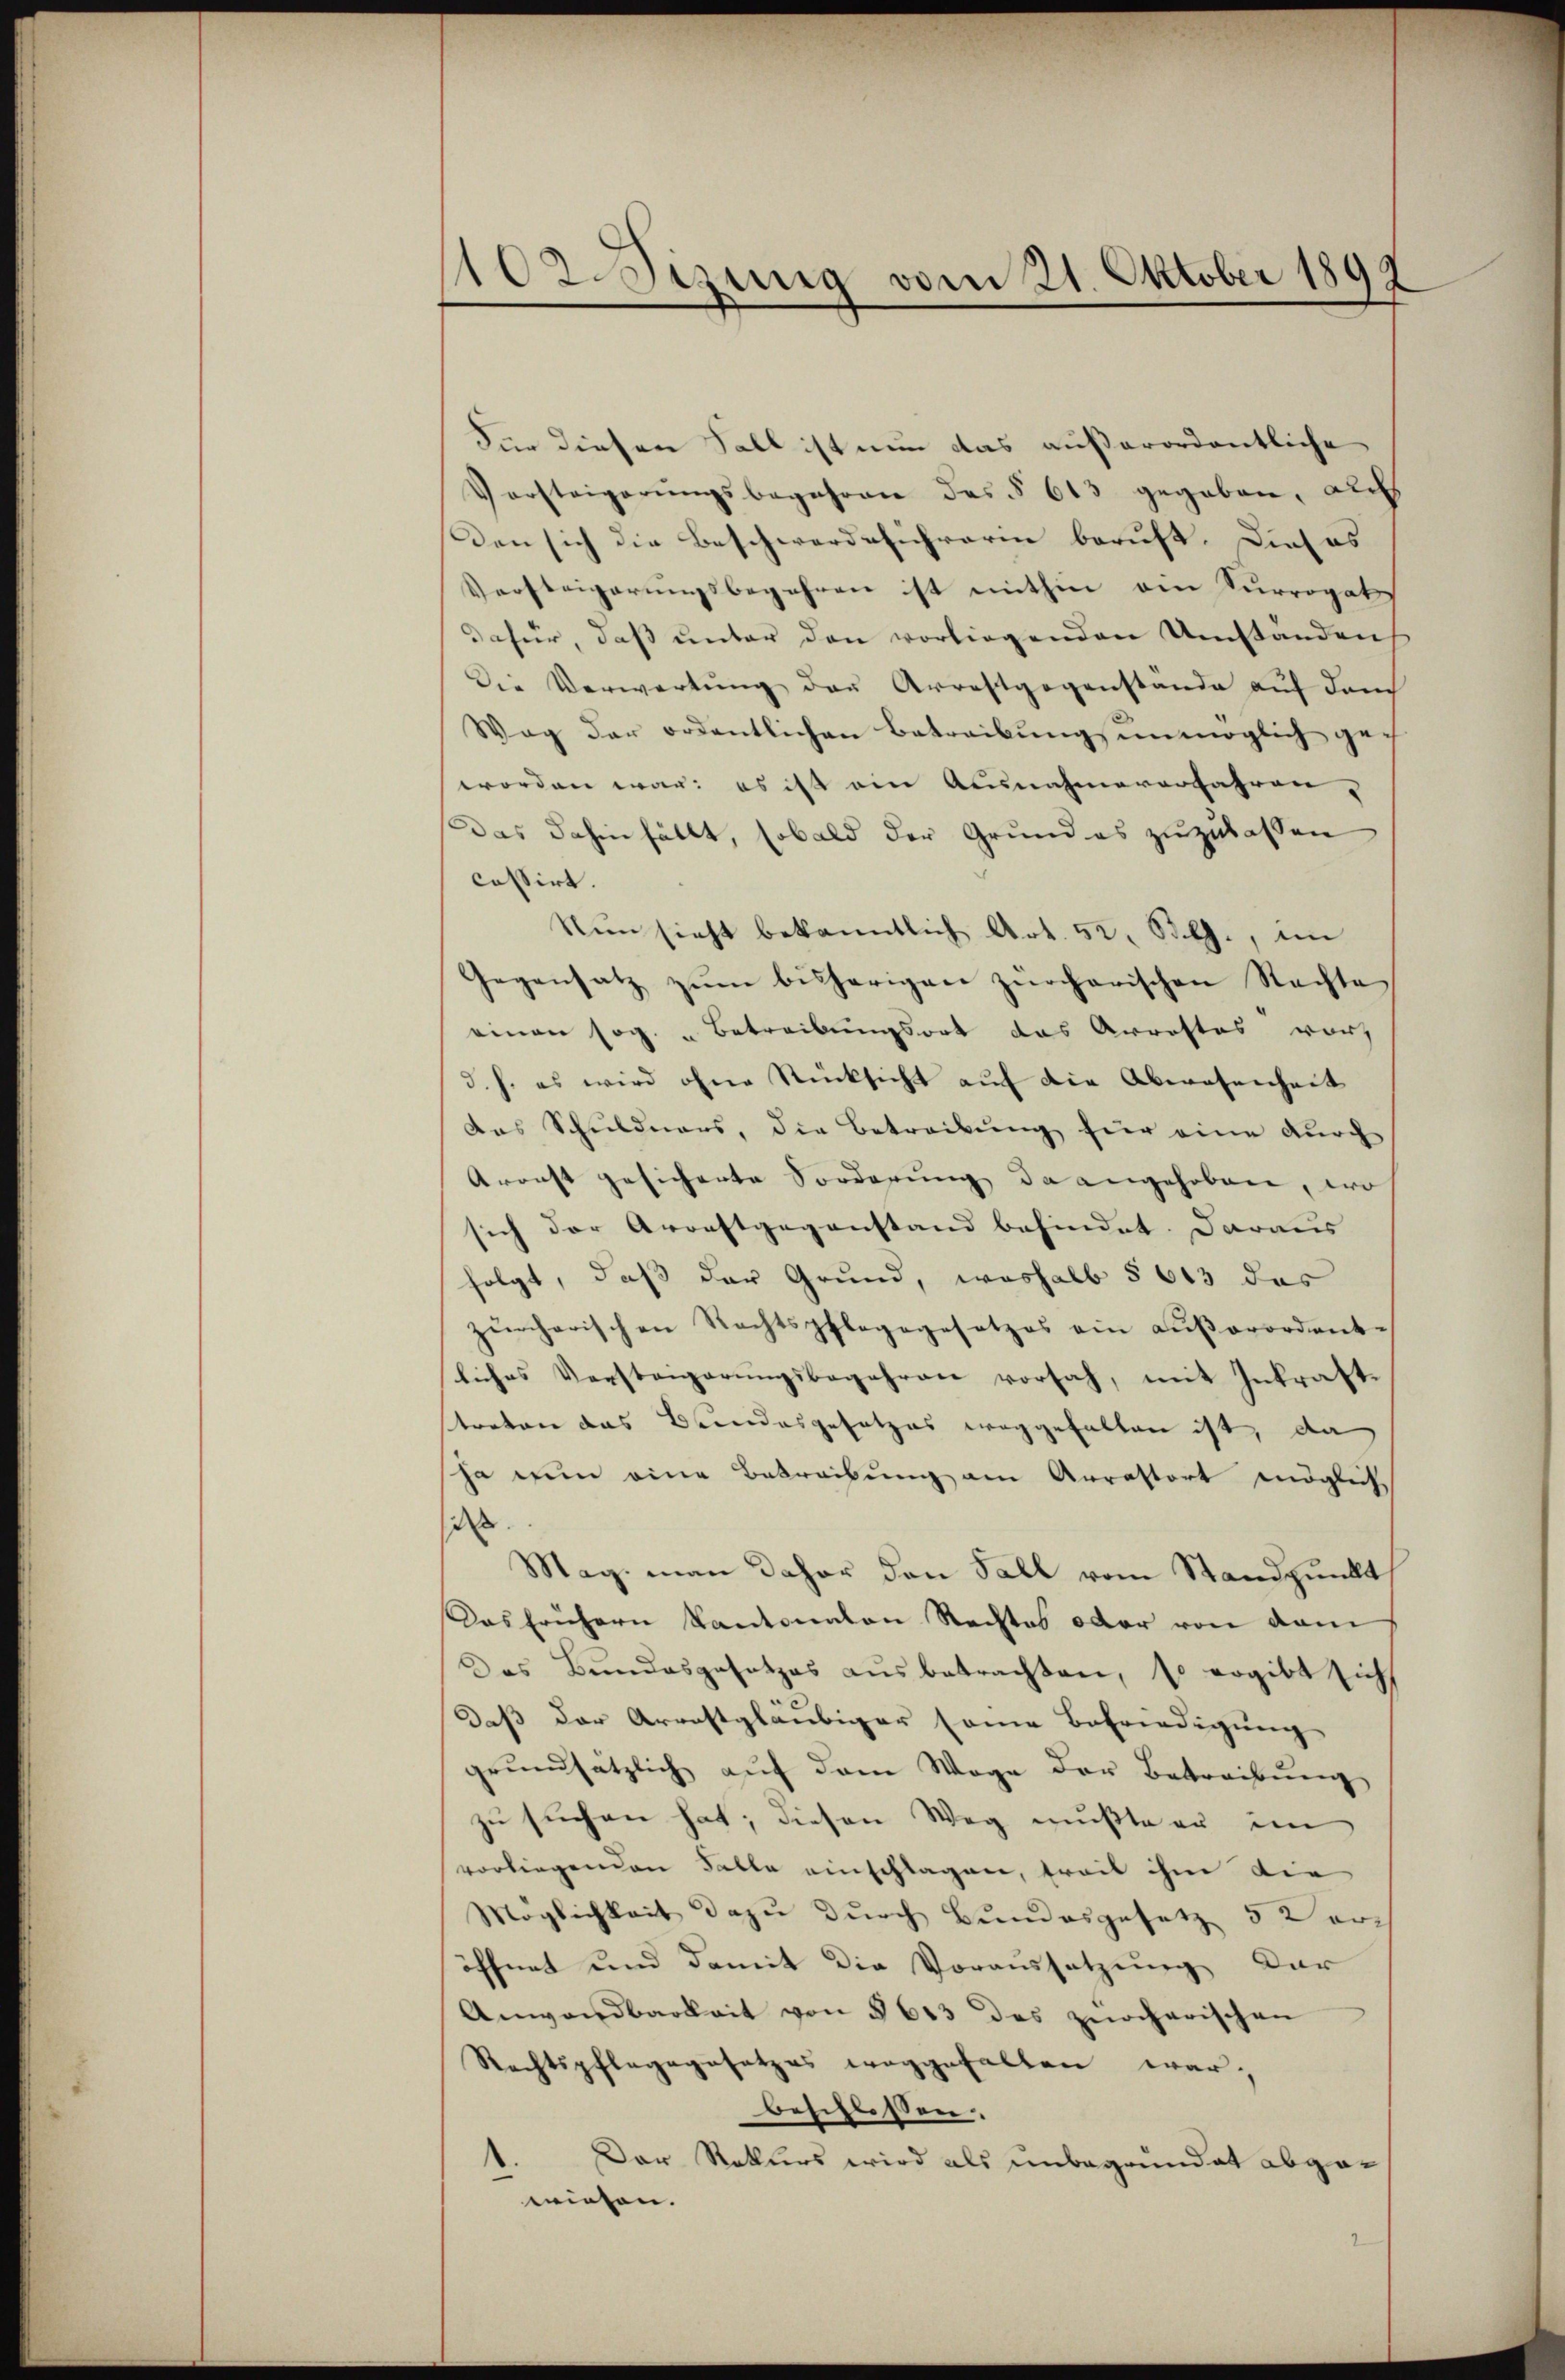
1102. Sizung vom 21. Oktober 1899

Für diesen Fall ist nun das außerordentliche
Vorsteigerŭngsbegehren des § 613 gegeben, au
den sich die Beschwerdeschrarin beruft. Dieses
Versteigerungsbegehren ist mithin ein Surrogat
dafür, daß unter den vorliegenden Umstandens
Die Verwartung der Arrestgegenstände auf danch
Weg der ordentlichen Betreibung unmöglich geworden war: es ist ein Ausnahmeverfahren
Das dahinfällt, sobald der Grund es zuzulassen
cassirt.
Nŭn sieht bekanntlich Art. 52. Bl., im
Gegensatz zŭm bisherigen zürcharischen Nachte
einen sog. „Betreibungsort das Arrestes vor,
d. h. es wird ohne Rücksicht auf die Abwesenheit
das Schuldners, die Betreibŭng für eine durch
Aronst gesicherte Sorderung da angehoben, wo
sich der Arrestgegenstand befindet. Daraus |
folgt, daß der Grund, weshalb § 613 das
zürcherischen Rechtspflegegesetzes ein aŭβerordent-
liches Versteigerungsbegehren vorsah, mit Inkraftstreten das Bundesgesetzes weggefallen ist, da
ja nun eine Betreibung am Arrattort mögliche
i
Mag. man daher den Fall vom Standpunkt
Das frühern Kantonaten Rechtes oder von dem
Das Bundesgesetzes aŭsbetrachten, so ergibt sich
daß der Arrestgläubiger seine Befriedigung
grŭndsätzlich aŭf dem Wage der Betreibŭng
zu suchen hat; diesen Weg mußte er im
vorliegenden Falle einschlagen, treit ihm die
Möglichkeit dazu durch Bundesgesetz 5 Veröffnet und damit die Voraussetzung dar
Anwendbarkeit von § 613 des zürcherischen
Rechtspflegegesetzes weggefallen war,
beschlossen.
Der Rotters wird als unbegrundat abge¬
¬
wiegen.